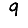
Digit: 9